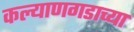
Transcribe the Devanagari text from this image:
कल्याणगडाच्या